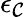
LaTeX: \epsilon_{\mathcal{C}}